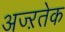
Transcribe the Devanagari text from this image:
अज्ऱतेक